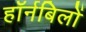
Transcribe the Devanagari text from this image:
हॉर्नबिलों